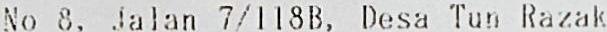
NO 8, JALAN 7/118B, DESA TUN RAZAK